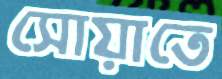
সোয়াতে